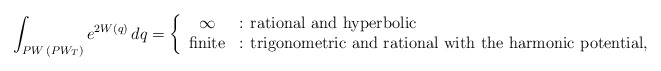
\begin{align*}\int_{PW\,(PW_T)}e^{2W(q)}\,dq=\left\{ \begin{array}{cl} \infty&\mbox{: rational and hyperbolic}\\ \mbox{finite}&\mbox{: trigonometric and rational with the harmonic potential}, \end{array} \right.\end{align*}